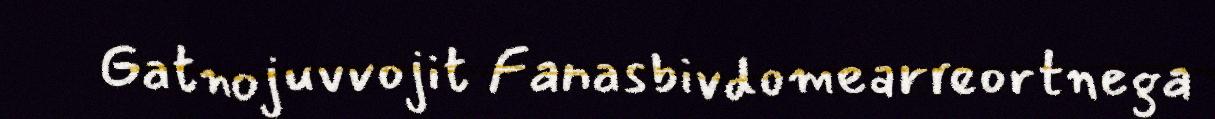
Gatnojuvvojit Fanasbivdomearreortnega